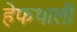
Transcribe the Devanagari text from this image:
हेफथाली